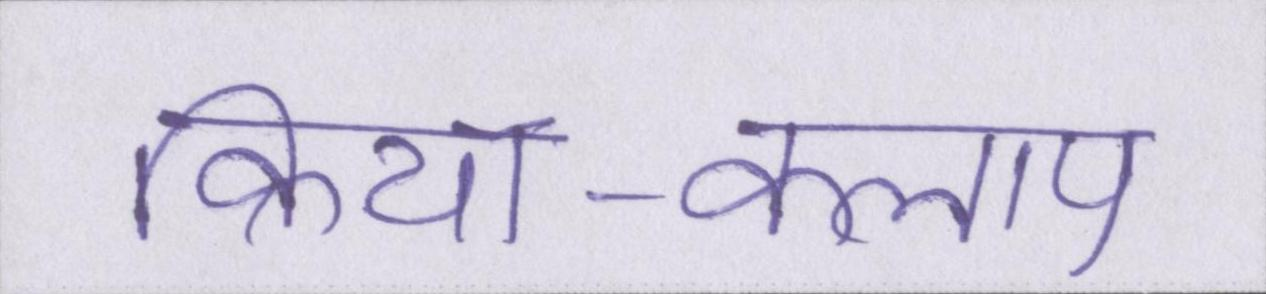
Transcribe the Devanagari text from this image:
क्रिया-कलाप